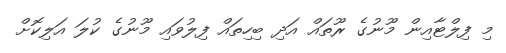
މި ފިލްޓާއިން މޫނުގެ ރޫތައް އަދި ބިހިތައް ފިލުވައި މޫނުގެ ކުލަ އަލިކޮށް